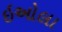
ઇઓલા